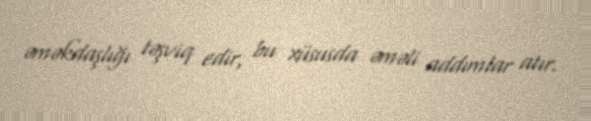
əməkdaşlığı təşviq edir, bu xüsusda əməli addımlar atır.